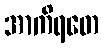
အာကိရတေ